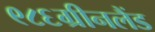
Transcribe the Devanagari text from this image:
९८६ग्रीनलैंड